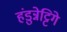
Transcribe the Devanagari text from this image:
हंडुन्नेट्टिगे